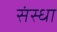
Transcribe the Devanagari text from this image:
संस्धा